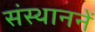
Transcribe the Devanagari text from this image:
संस्थाननें